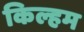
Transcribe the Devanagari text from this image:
किल्हम